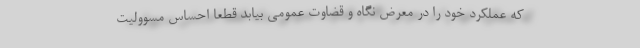
که عملکرد خود را در معرض نگاه و قضاوت عمومی بیابد قطعا احساس مسوولیت